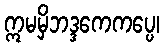
ဣမမှိဘဒ္ဒကေကပ္ပေ၊